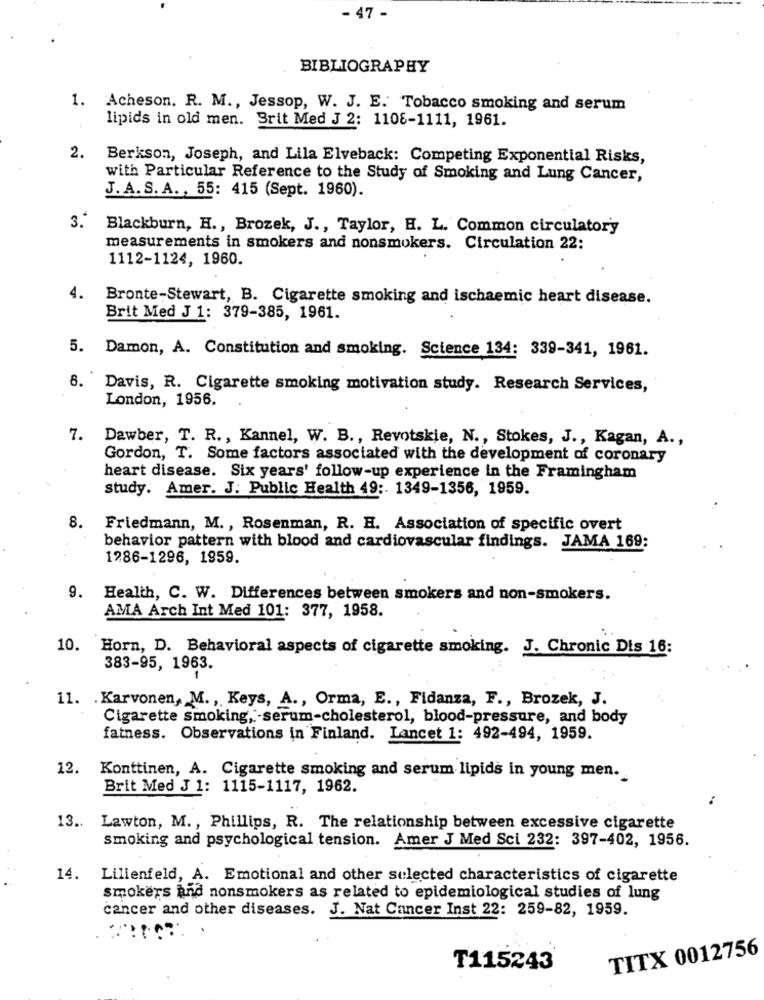
- 47 -
BIBLIOGRAPHY
1. Acheson. R. M ., Jessop, W. J. E. Tobacco smoking and serum
lipids in old men. Brit Med J 2: 1108-1111, 1961.
2. Berkson, Joseph, and Lila Elveback: Competing Exponential Risks,
with Particular Reference to the Study of Smoking and Lung Cancer,
J.A.S. A ., 55: 415 (Sept. 1960).
3."
Blackburn, H ., Brozek, J ., Taylor, H. L. Common circulatory
measurements in smokers and nonsmokers. Circulation 22:
1112-1124, 1960.
4.
Bronte-Stewart, B. Cigarette smoking and ischaemic heart disease.
Brit Med J 1: 379-385, 1961.
5. Damon, A. Constitution and smoking. Science 134: 339-341, 1961.
8. Davis, R. Cigarette smoking motivation study. Research Services,
London, 1956.
7. Dawber, T. R ., Kannel, W. B ., Revotskie, N ., Stokes, J ., Kagan, A .,
Gordon, T. Some factors associated with the development of coronary
heart disease. Six years' follow-up experience in the Framingham
study. Amer. J. Public Health 49 :. 1349-1356, 1959.
8.
Friedmann, M. , Rosenman, R. H. Association of specific overt
behavior pattern with blood and cardiovascular findings. JAMA 169:
1286-1296, 1959.
9. Health, C. W. Differences between smokers and non-smokers.
AMA Arch Int Med 101: 377, 1958.
10. Horn, D. Behavioral aspects of cigarette smoking. J. Chronic Dis 16:
383-95, 1963.
11. . Karvonen, M ., Keys, A ., Orma, E ., Fidanza, F ., Brozek, J.
Cigarette smoking ,:- serum-cholesterol, blood-pressure, and body
fatness. Observations in Finland. Lancet 1: 492-494, 1959.
12. Konttinen, A. Cigarette smoking and serum lipids in young men.
Brit Med J 1: 1115-1117, 1962.
13 ..
Lawton, M ., Phillips, R. The relationship between excessive cigarette
smoking and psychological tension. Amer J Med Sci 232: 397-402, 1956.
14.
Lilienfeld, A. Emotional and other selected characteristics of cigarette
smokers and nonsmokers as related to epidemiological studies of lung
cancer and other diseases. J. Nat Cancer Inst 22: 259-82, 1959.
TITX 0012756
T115243